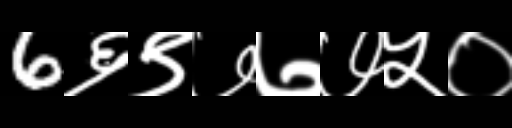
Text: 6६९७७७५०